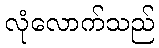
လုံလောက်သည်